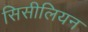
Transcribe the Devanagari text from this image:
सिसीलियन